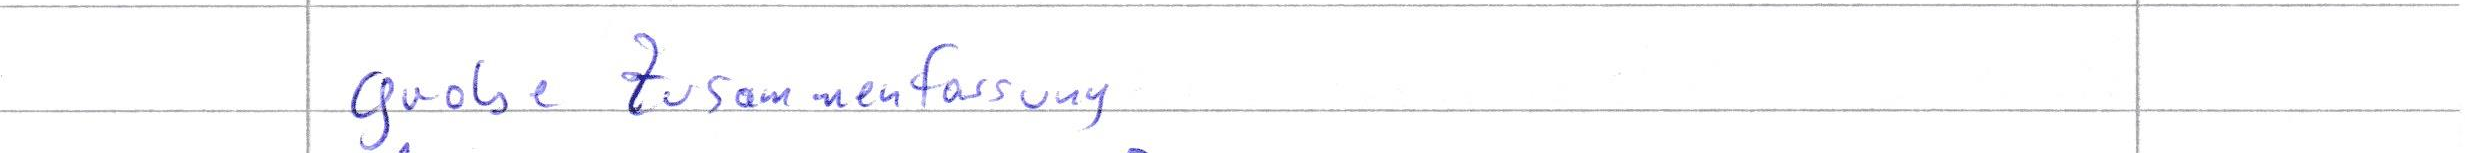
grobe Zusammenfassung